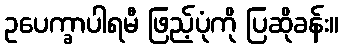
ဥပေက္ခာပါရမီ ဖြည့်ပုံကို ပြဆိုခန်း။